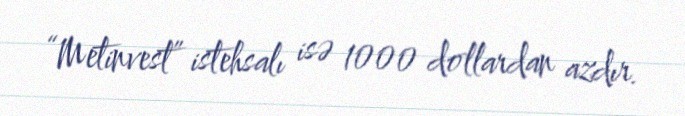
“Metinvest” istehsalı isə 1000 dollardan azdır.